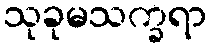
သုခုမသက္ခရာ